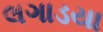
લગાડયા